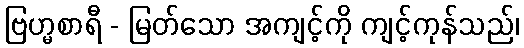
ဗြဟ္မစာရီ - မြတ်သော အကျင့်ကို ကျင့်ကုန်သည်၊